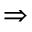
\Rightarrow